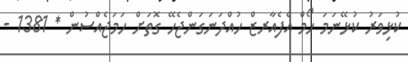
ކުޅިވަރު ކުޅޭނަމަ ހޯމް އެފެއާރޒް ހުއްދަނަގަންޖެހޭ ގޮތަށް ހަމަޖެއްސުން * 1381 -